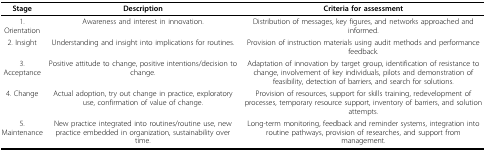
| Stage | Description | Criteria for assessment |
 | --- | --- | --- |
 | 1. Orientation | Awareness and interest in innovation. | Distribution of messages, key figures, and networks approached and informed. |
 | 2. Insight | Understanding and insight into implications for routines. | Provision of instruction materials using audit methods and performance feedback. |
 | 3. Acceptance | Positive attitude to change, positive intentions/decision to change. | Adaptation of innovation by target group, identification of resistance to change, involvement of key individuals, pilots and demonstration of feasibility, detection of barriers, and search for solutions. |
 | 4. Change | Actual adoption, try out change in practice, exploratory use, confirmation of value of change. | Provision of resources, support for skills training, redevelopment of processes, temporary resource support, inventory of barriers, and solution attempts. |
 | 5. Maintenance | New practice integrated into routines/routine use, new practice embedded in organization, sustainability over time. | Long-term monitoring, feedback and reminder systems, integration into routine pathways, provision of researches, and support from management. |